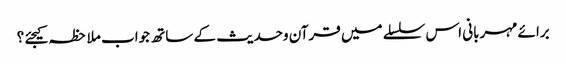
برائے مہربانی اس سلسلے میں قرآن وحدیث کے ساتھ جواب ملاحظہ کیجئے ؟